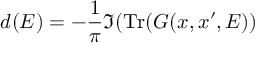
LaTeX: d ( E ) = - { \frac { 1 } { \pi } } \Im ( \operatorname { T r } ( G ( x , x ^ { \prime } , E ) )